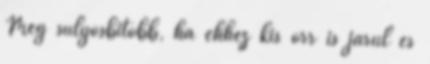
Még súlyosbítóbb, ha ehhez kis orr is járul és